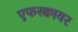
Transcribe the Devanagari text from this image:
एफस्क्वायर